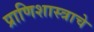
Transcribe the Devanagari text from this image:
प्राणिशास्त्राचे